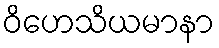
ဝိဟေသိယမာနာ